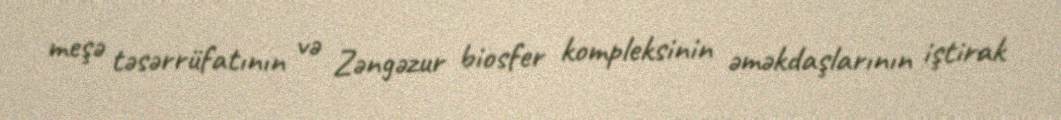
meşə təsərrüfatının və Zəngəzur biosfer kompleksinin əməkdaşlarının iştirak